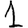
Digit: 1